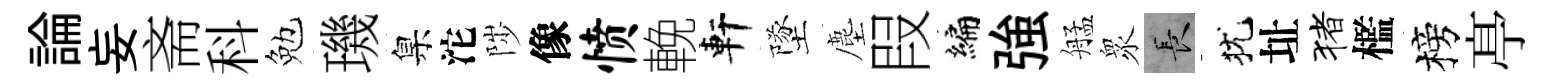
論妄斋科勉璣臬沱陟像愤輓軒墜塵叚编強艋衆长犹址猪檻榜𠅘